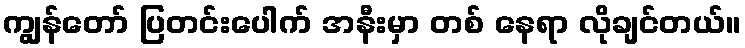
ကျွန်တော် ပြတင်းပေါက် အနီးမှာ တစ် နေရာ လိုချင်တယ်။